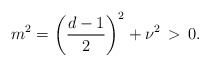
\begin{align*}m^2 = \left(\frac{d-1}{2}\right)^2 + \nu^2 \, > \, 0.\end{align*}